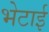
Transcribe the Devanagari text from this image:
भेटाई